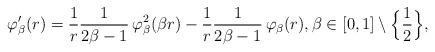
LaTeX: \begin{align*}\varphi_\beta'(r)=\frac{1}{r}\frac{1}{2\beta-1}\,\varphi_\beta^2(\beta r)-\frac{1}{r}\frac{1}{2\beta-1}\,\varphi_\beta(r),\beta\in[0,1]\setminus\Big\{\frac{1}{2}\Big\}, \end{align*}